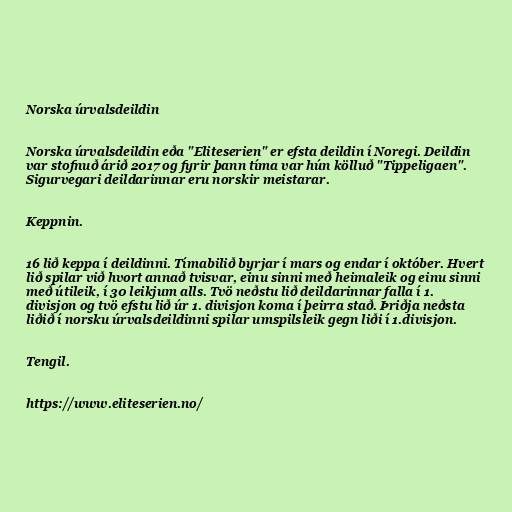
Norska úrvalsdeildin

Norska úrvalsdeildin eða "Eliteserien" er efsta deildin í Noregi. Deildin
var stofnuð árið 2017 og fyrir þann tíma var hún kölluð "Tippeligaen".
Sigurvegari deildarinnar eru norskir meistarar.

Keppnin.

16 lið keppa í deildinni. Tímabilið byrjar í mars og endar í október. Hvert
lið spilar við hvort annað tvisvar, einu sinni með heimaleik og einu sinni
með útileik, í 30 leikjum alls. Tvö neðstu lið deildarinnar falla í 1.
divisjon og tvö efstu lið úr 1. divisjon koma í þeirra stað. Þriðja neðsta
liðið í norsku úrvalsdeildinni spilar umspilsleik gegn liði í 1.divisjon.

Tengil.

https://www.eliteserien.no/